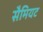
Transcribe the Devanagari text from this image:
सैमियट